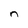
Character: n